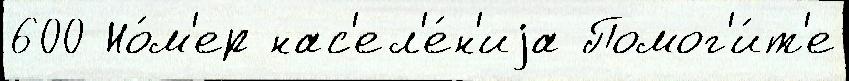
600 Но́м'ер нас'ел'е́н'иjа Помог'и́т'е